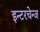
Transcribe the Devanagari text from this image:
इन्टरचेन्ज